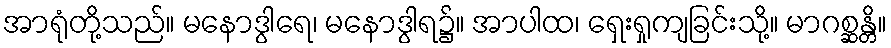
အာရုံတို့သည်။ မနောဒွါရေ၊ မနောဒွါရ၌။ အာပါထ၊ ရှေးရှုကျခြင်းသို့။ မာဂစ္ဆန္တိ။